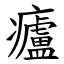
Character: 㿖